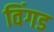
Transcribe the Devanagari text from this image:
विंगड